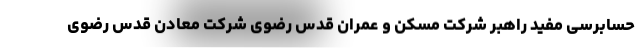
حسابرسی مفید راهبر شرکت مسکن و عمران قدس رضوی شرکت معادن قدس رضوی